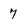
Character: 7